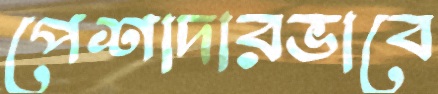
পেশাদারভাবে